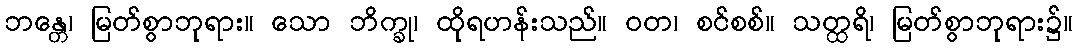
ဘန္တေ၊ မြတ်စွာဘုရား။ သော ဘိက္ခု၊ ထိုရဟန်းသည်။ ဝတ၊ စင်စစ်။ သတ္ထရိ၊ မြတ်စွာဘုရား၌။